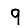
Digit: 9